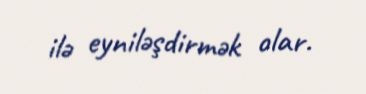
ilə eyniləşdirmək olar.